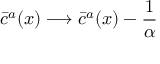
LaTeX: \bar { c } ^ { a } ( x ) \longrightarrow \bar { c } ^ { a } ( x ) - \frac { 1 } { \alpha }